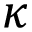
\kappa